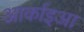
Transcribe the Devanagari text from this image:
आर्काइआ